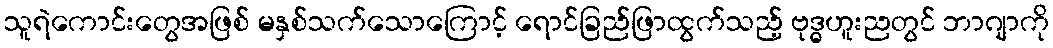
သူရဲကောင်းတွေအဖြစ် မနှစ်သက်သောကြောင့် ရောင်ခြည်ဖြာထွက်သည့် ဗုဒ္ဓဟူးညတွင် ဘာဂျာကို